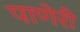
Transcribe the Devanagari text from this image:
पाणेरी